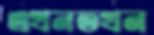
এখনতখন